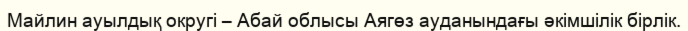
Майлин ауылдық округі – Абай облысы Аягөз ауданындағы әкімшілік бірлік.